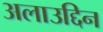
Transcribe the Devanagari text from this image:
अलाउद्दिन